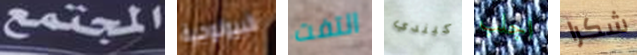
المجتمع البيولوجية التفت كيندي اجلب شكرا